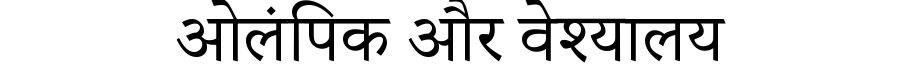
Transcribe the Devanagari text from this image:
ओलंपिक और वेश्यालय